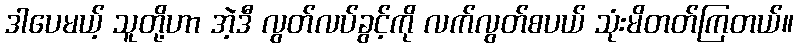
ဒါပေမယ့် သူတို့ဟာ အဲ့ဒီ လွတ်လပ်ခွင့်ကို လက်လွတ်စပယ် သုံးမိတတ်ကြတယ်။